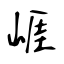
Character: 崕